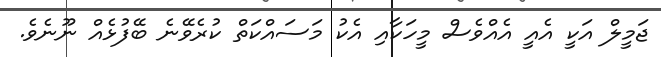
ޖަމީލް އަކީ އެއީ އެއްވެސް މީހަކާއި އެކު މަސައްކަތް ކުރެވޭނެ ބޭފުޅެއް ނޫނެވެ.